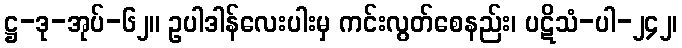
ဋ္ဌ-ဒု-အုပ်-၆၂။ ဥပါဒါန်လေးပါးမှ ကင်းလွတ်စေနည်း၊ ပဋိသံ-ပါ-၂၄၂၊